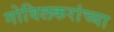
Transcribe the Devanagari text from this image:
गोविलकरांच्या